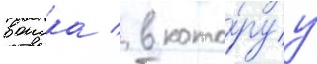
воиска / в кото́руу